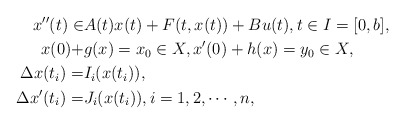
\begin{align*}x''(t)\in&A(t)x(t)+F(t,x(t))+Bu(t), t\in I=[0,b],\\x(0)+&g(x)=x_0\in X,x'(0)+h(x)=y_0\in X,\\\Delta x(t_i)=&I_i(x(t_i)),\\\Delta x'(t_i)=&J_i(x(t_i)),i=1,2,\cdots,n,\end{align*}